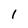
Character: 1